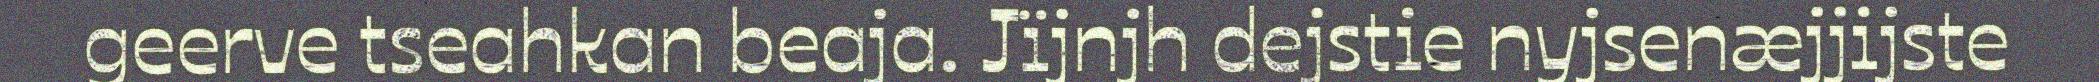
geerve tseahkan beaja. Jïjnjh dejstie nyjsenæjjijste